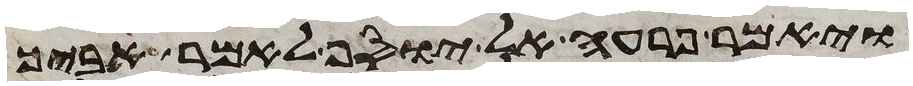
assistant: ויאמר פרעה אל יוסף לאמר אביך